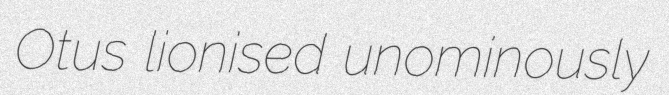
Otus lionised unominously